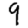
Digit: 9